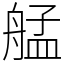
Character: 艋